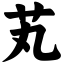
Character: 芄